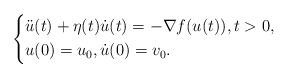
LaTeX: \begin{align*}\left\{\begin{aligned}& \ddot{u}(t)+\eta(t)\dot{u}(t)=-\nabla f(u(t)), t>0,\\& u(0)=u_0,\dot{u}(0)=v_0.\end{aligned}\right.\end{align*}